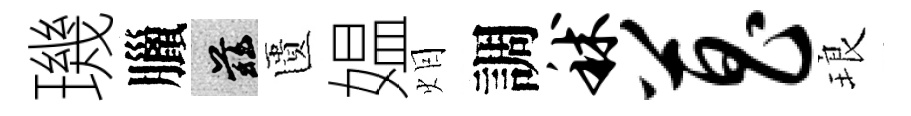
璣臘兹匱媪𤇆調秫菖琅